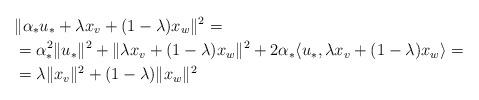
LaTeX: \begin{align*} &\|\alpha_*u_*+\lambda x_v+(1-\lambda)x_w\|^2=\\ &=\alpha_*^2\|u_*\|^2+\|\lambda x_v+(1-\lambda)x_w\|^2+2\alpha_*\langle u_*,\lambda x_v+(1-\lambda)x_w\rangle=\\ &=\lambda \|x_v\|^2 + (1-\lambda)\|x_w\|^2 \end{align*}